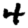
Digit: 4